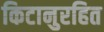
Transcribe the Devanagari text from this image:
किटानुरहित